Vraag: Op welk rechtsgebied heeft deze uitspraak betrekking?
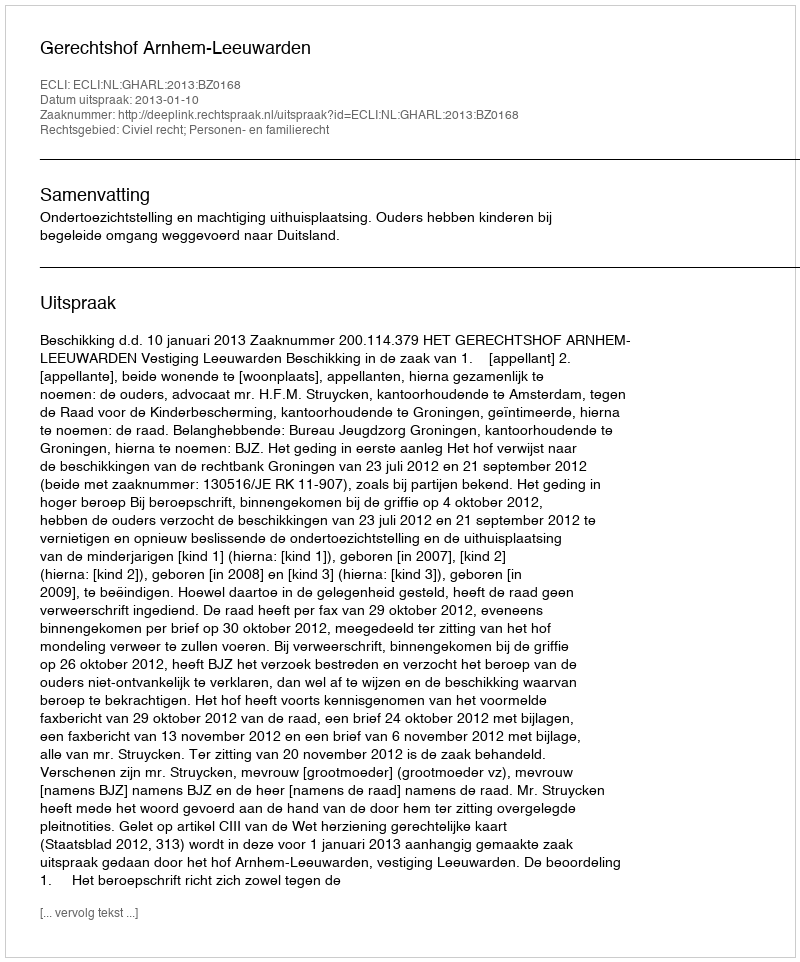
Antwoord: Civiel recht; Personen- en familierecht